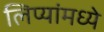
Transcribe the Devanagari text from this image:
लिप्यांमध्ये